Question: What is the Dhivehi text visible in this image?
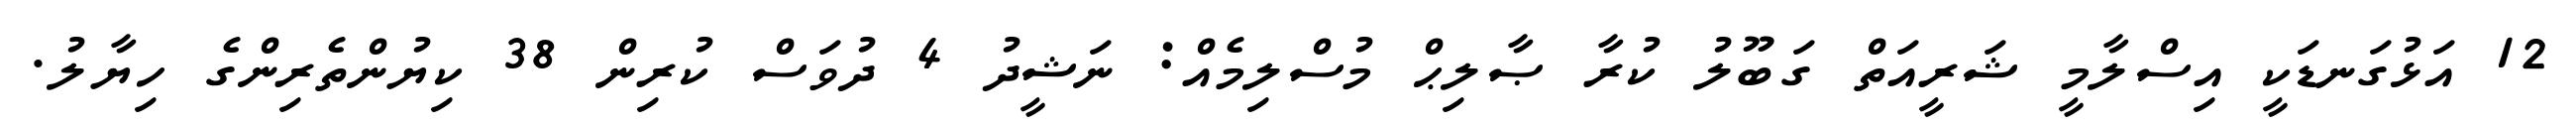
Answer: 12 އަޅުގަނޑަކީ އިސްލާމީ ޝަރީއަތް ގަބޫލު ކުރާ ޞާލިޙް މުސްލިމެއް: ނަޝީދު 4 ދުވަސް ކުރިން 38 ކިޔުންތެރިންގެ ހިޔާލު.